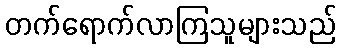
တက်ရောက်လာကြသူများသည်